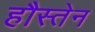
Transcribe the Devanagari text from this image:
हौस्तेन